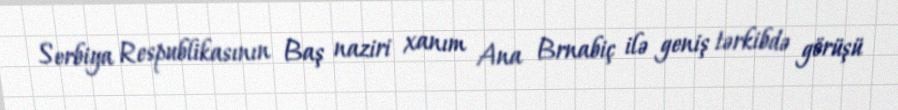
Serbiya Respublikasının Baş naziri xanım Ana Brnabiç ilə geniş tərkibdə görüşü